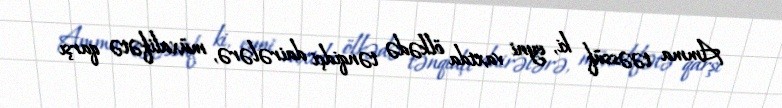
Amma təəssüf ki, eyni vaxtda ölkədə tənqidçi dairələrə, müxalifətə qarşı